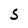
Character: S